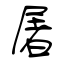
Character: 屠